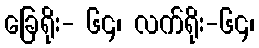
ခြေရိုး- ၆၄၊ လက်ရိုး-၆၄၊